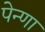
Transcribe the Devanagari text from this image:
पेन्णा